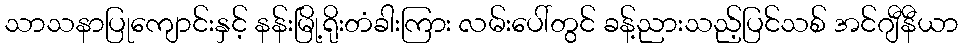
သာသနာပြုကျောင်းနှင့် နန်းမြို့ရိုးတံခါးကြား လမ်းပေါ်တွင် ခန့်ညားသည့်ပြင်သစ် အင်ဂျီနီယာ